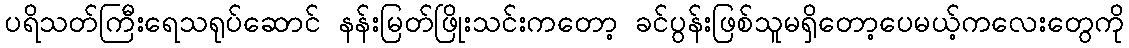
ပရိသတ်ကြီးရေသရုပ်ဆောင် နန်းမြတ်ဖြိုးသင်းကတော့ ခင်ပွန်းဖြစ်သူမရှိတော့ပေမယ့်ကလေးတွေကို